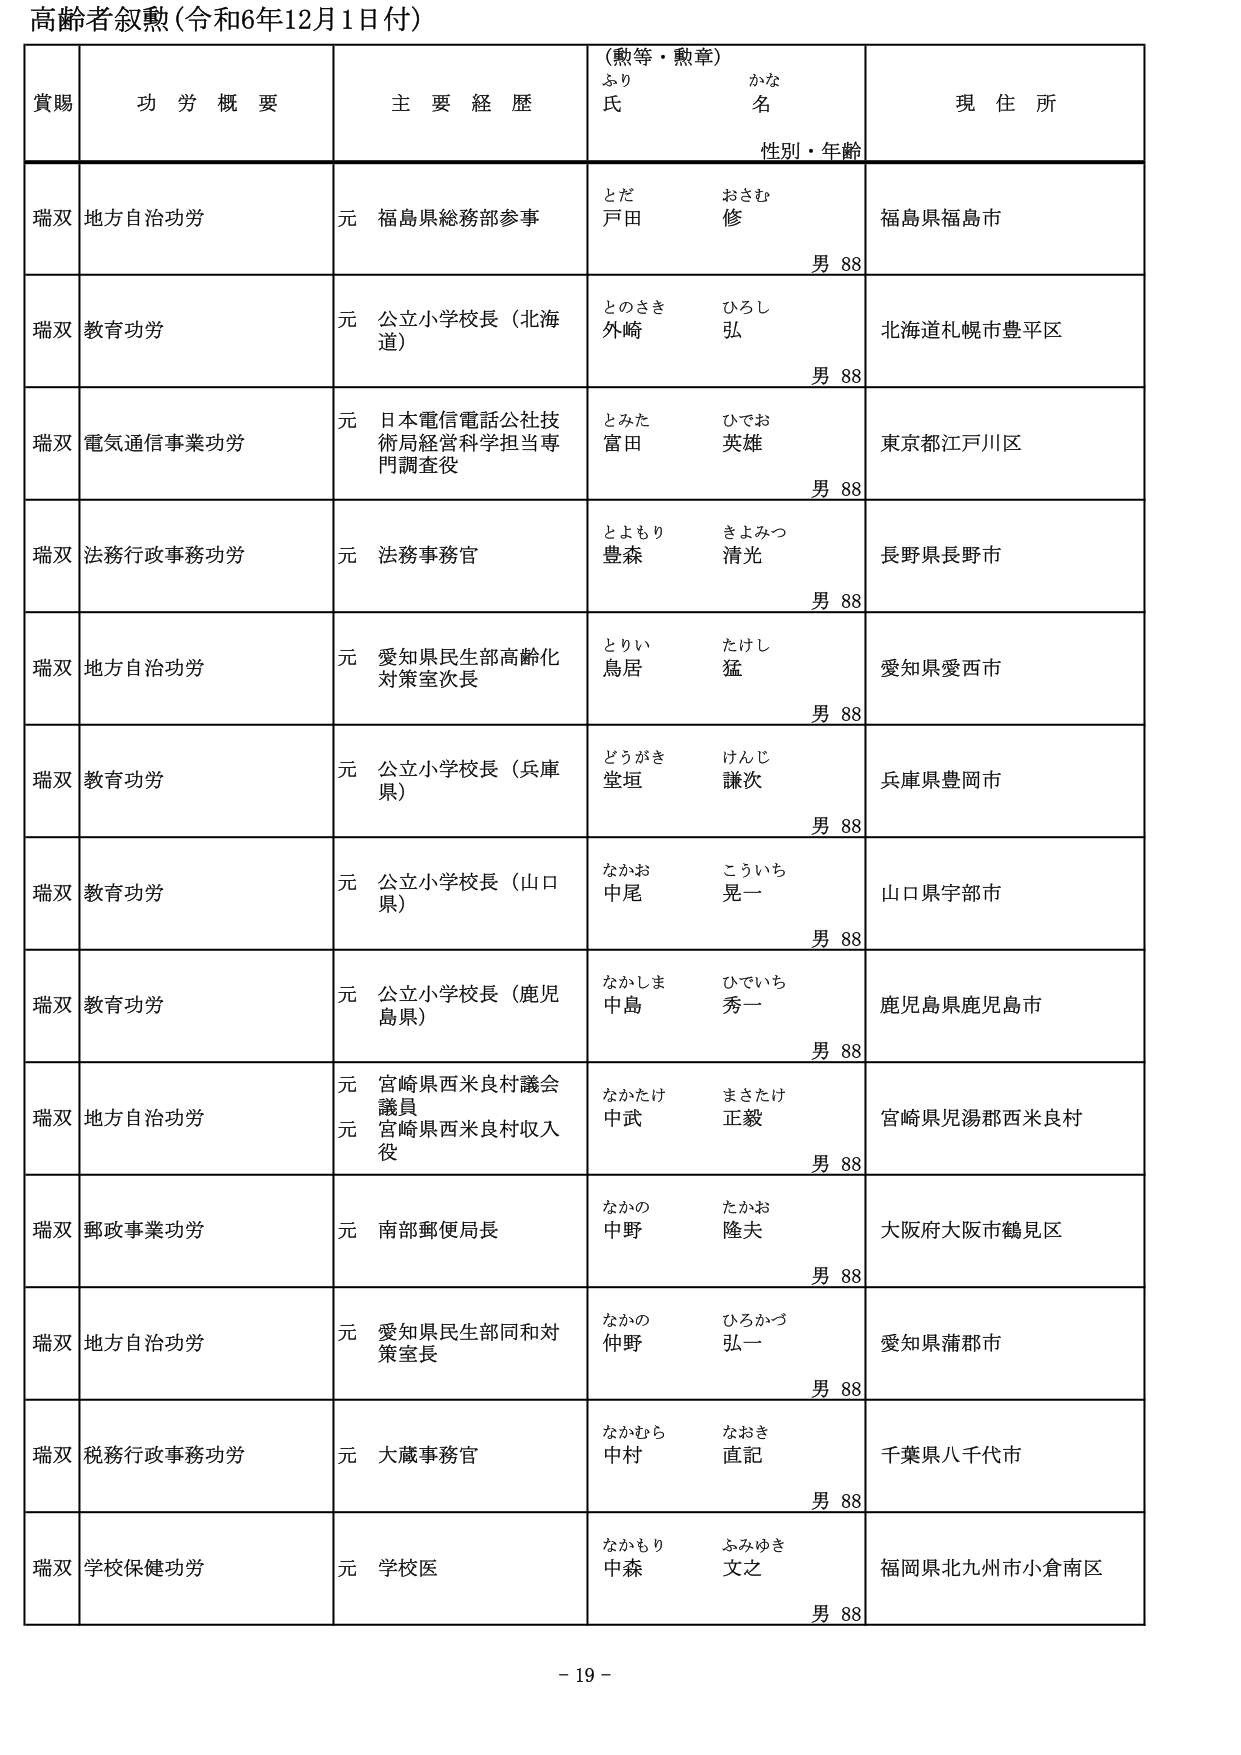
高齢者叙勲（令和6年12月1日付）

賞賜　　功労概要　　主要経歴　　（勲等・勲章）　　現住所
　　　　　　　　　　　　　　ふりがな　　氏名　　　　性別・年齢

瑞双　地方自治功労　　元 福島県総務部参事　　とだ　おさむ　　福島県福島市
　　　　　　　　　　　　　　　　　　　　　　戸田　修　　男 88

瑞双　教育功労　　元 公立小学校長（北海道）　　とのさき　ひろし　　北海道札幌市豊平区
　　　　　　　　　　　　　　　　　　　　　　外崎　弘　　男 88

瑞双　電気通信事業功労　　元 日本電信電話公社技術局経営科学担当専門調査役　　とみた　ひでお　　東京都江戸川区
　　　　　　　　　　　　　　　　　　　　　　　　　　　　　　　　　　　　富田　英雄　　男 88

瑞双　法務行政事務功労　　元 法務事務官　　とよもり　きよみつ　　長野県長野市
　　　　　　　　　　　　　　　　　　　　　　豊森　清光　　男 88

瑞双　地方自治功労　　元 愛知県民生部高齢化対策室次長　　とりい　たけし　　愛知県愛西市
　　　　　　　　　　　　　　　　　　　　　　　　　　　　　鳥居　猛　　男 88

瑞双　教育功労　　元 公立小学校長（兵庫県）　　どうがき　けんじ　　兵庫県豊岡市
　　　　　　　　　　　　　　　　　　　　　　　　　　　堂垣　謙次　　男 88

瑞双　教育功労　　元 公立小学校長（山口県）　　なかお　こういち　　山口県宇部市
　　　　　　　　　　　　　　　　　　　　　　　　　中尾　晃一　　男 88

瑞双　教育功労　　元 公立小学校長（鹿児島県）　　なかしま　ひでいち　　鹿児島県鹿児島市
　　　　　　　　　　　　　　　　　　　　　　　　　中島　秀一　　男 88

瑞双　地方自治功労　　元 宮崎県西米良村議会議員　　なかたけ　まさたけ　　宮崎県児湯郡西米良村
　　　　　　　　　　　　元 宮崎県西米良村収入役　　　　　中武　正毅　　男 88

瑞双　郵政事業功労　　元 南部郵便局長　　なかの　たかお　　大阪府大阪市鶴見区
　　　　　　　　　　　　　　　　　　　　　中野　隆夫　　男 88

瑞双　地方自治功労　　元 愛知県民生部同和対策室長　　なかの　ひろかづ　　愛知県蒲郡市
　　　　　　　　　　　　　　　　　　　　　　　　　　　仲野　弘一　　男 88

瑞双　税務行政事務功労　　元 大蔵事務官　　なかむら　なおき　　千葉県八千代市
　　　　　　　　　　　　　　　　　　　　　　中村　直記　　男 88

瑞双　学校保健功労　　元 学校医　　なかもり　ふみゆき　　福岡県北九州市小倉南区
　　　　　　　　　　　　　　　　　　　　　　中森　文之　　男 88

- 19 -